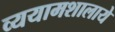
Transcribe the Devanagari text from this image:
व्ययामशालाये